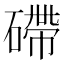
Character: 𥕧